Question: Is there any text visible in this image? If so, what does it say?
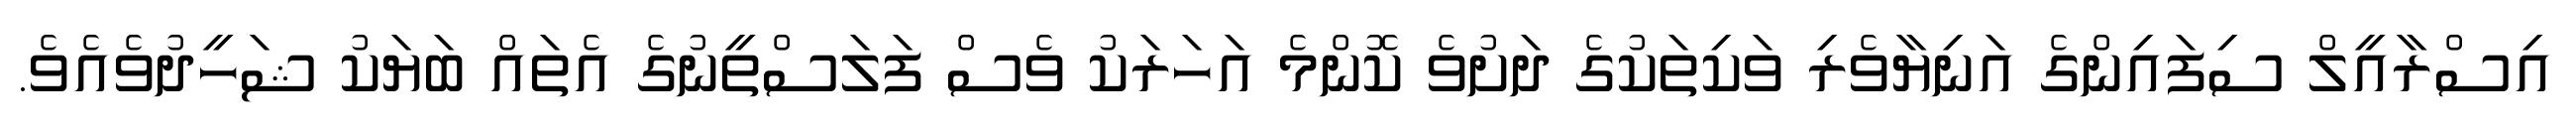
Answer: އިސްރާއީލް ސިފައިންގެ އަނިޔާވެރި ވަކިތަކުގެ ދަށުވެ ކޮންމެ އަހަރަކު ވެސް ފަލަސްތީނުގެ އެތައް ބަޔަކު ޝަހީދުވެއެވެ.